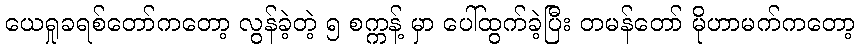
ယေရှုခရစ်တော်ကတော့ လွန်ခဲ့တဲ့ ၅ စက္ကန့် မှာ ပေါ်ထွက်ခဲ့ပြီး တမန်တော် မိုဟာမက်ကတော့